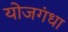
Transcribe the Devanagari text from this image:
योजगंधा